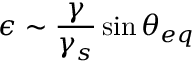
\epsilon \sim \frac { \gamma } { \gamma _ { s } } \sin { \theta _ { e q } }